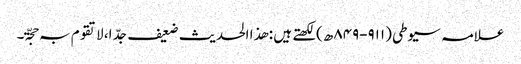
علامہ سیوطی (۹۱۱-۸۴۹ھ)لکھتے ہیں : ھذا الحدیث ضعیف جدّ ا، لاتقوم بہ حجّۃ۔